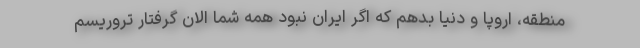
منطقه، اروپا و دنیا بدهم که اگر ایران نبود همه شما الان گرفتار تروریسم